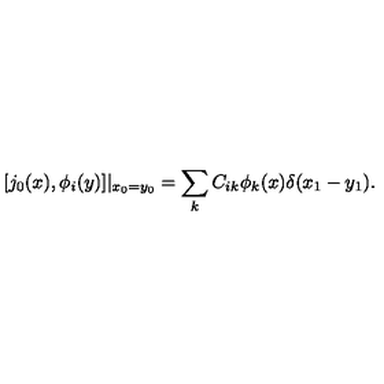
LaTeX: [ j _ { 0 } ( x ) , \phi _ { i } ( y ) ] | _ { x _ { 0 } = y _ { 0 } } = \sum _ { k } C _ { i k } \phi _ { k } ( x ) \delta ( x _ { 1 } - y _ { 1 } ) .